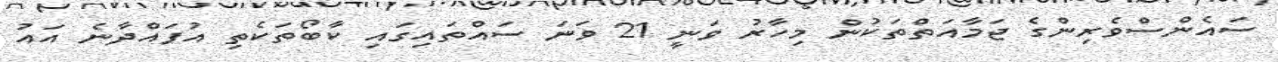
ސައެންސްވެރިންގެ ޖަމާއަތްތަކުން މިހާރު ވަނީ 21 ވަނަ ސައްތައިގައި ކާބޯތަކެތި އުފައްދާނެ އައު